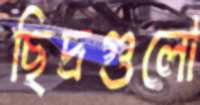
ছিদ্রগুলো